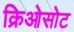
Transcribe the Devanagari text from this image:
क्रिओसोट